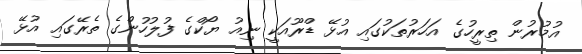
އުމުރުން ތިރީހުގެ އަހަރުތަކުގައި އުޅޭ ޑްރޫއަކީ ނިއު ޔޯކްގެ ފުލުހުންގެ ތެރޭގައި އުޅޭ